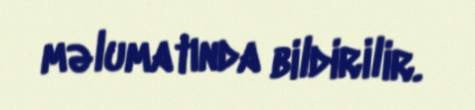
məlumatında bildirilir.